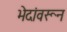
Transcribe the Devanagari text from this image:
भेदांवरून